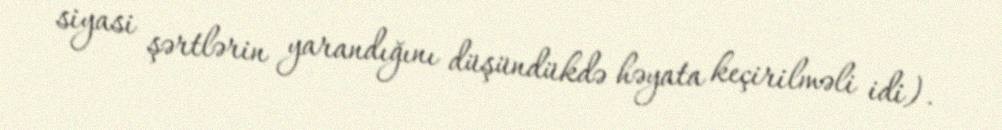
siyasi şərtlərin yarandığını düşündükdə həyata keçirilməli idi).